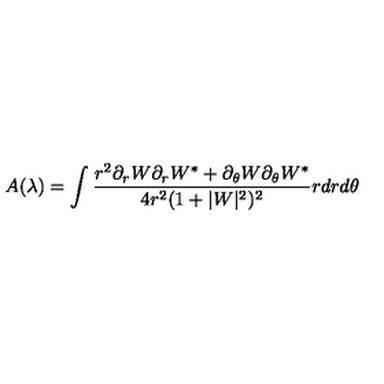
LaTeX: A ( \lambda ) = \int \frac { r ^ { 2 } \partial _ { r } W \partial _ { r } W ^ { * } + \partial _ { \theta } W \partial _ { \theta } W ^ { * } } { 4 r ^ { 2 } ( 1 + | W | ^ { 2 } ) ^ { 2 } } r d r d \theta